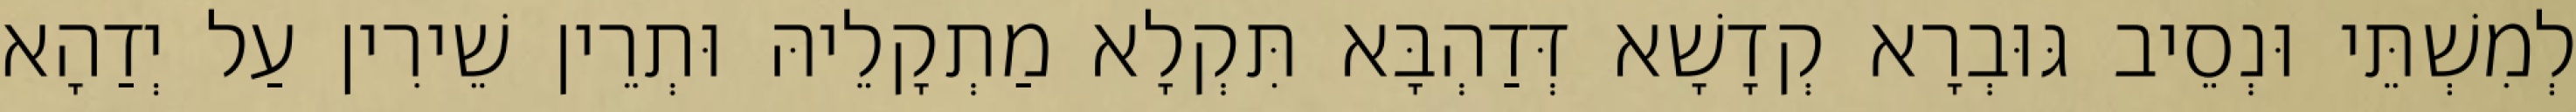
לְמִשְׁתֵּי וּנְסֵיב גּוּבְרָא קְדָשָׁא דְּדַהְבָּא תִּקְלָא מַתְקָלֵיהּ וּתְרֵין שֵׁירִין עַל יְדַהָא